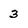
Character: 3